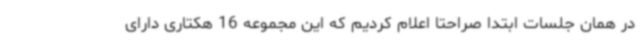
در همان جلسات ابتدا صراحتا اعلام کردیم که این مجموعه 16 هکتاری دارای